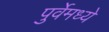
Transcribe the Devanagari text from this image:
पुर्वेमध्ये